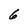
Character: 6